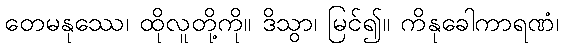
တေမနုဿေ၊ ထိုလူတို့ကို။ ဒိသွာ၊ မြင်၍။ ကိနုခေါကာရဏံ၊